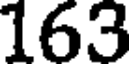
163